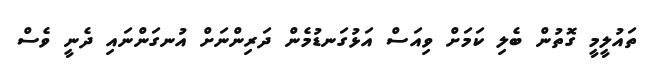
ތައުލީމީ ގޮތުން ބެލި ކަމަށް ވިއަސް އަޅުގަނޑުމެން ދަރިންނަށް އުނގަންނައި ދެނީ ވެސް